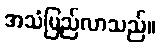
အသံမြည်လာသည်။